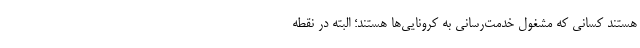
هستند کسانی که مشغول خدمت‌رسانی به کرونایی‌ها هستند؛ البته در نقطه